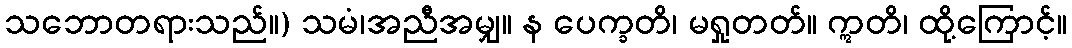
သဘောတရားသည်။) သမံ၊အညီအမျှ။ န ပေက္ခတိ၊ မရှုတတ်။ ဣတိ၊ ထို့ကြောင့်။